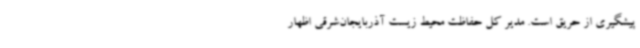
پیشگیری از حریق است. مدیر کل حفاظت محیط زیست آذربایجان‌شرقی اظهار